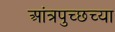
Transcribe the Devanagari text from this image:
आंत्रपुच्छच्या